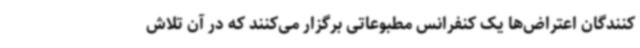
کنندگان اعتراض‌ها یک کنفرانس مطبوعاتی برگزار می‌کنند که در آن تلاش